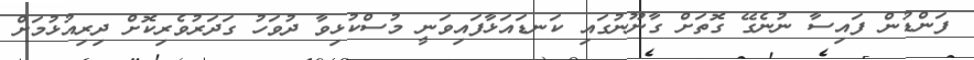
ފަންޑުން ފައިސާ ނުނެގޭ ގޮތަށް ގާނޫނުގައި ކަނޑައަޅާފައިވަނީ މުސްކުޅިވާ ދުވަހު ގަދަރުވެރިކޮށް ދިރިއުޅުމަށް